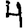
Digit: 4